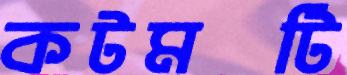
কটমটি